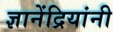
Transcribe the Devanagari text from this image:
ज्ञानेंद्रियांनी